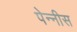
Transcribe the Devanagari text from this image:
पेन्नीस